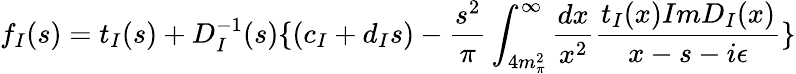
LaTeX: f_{I}(s)=t_{I}(s)+D_{I}^{-1}(s)\{ (c_{I}+d_{I}s)-\frac{s^{2}}{\pi}\int_{4m_{\pi}^{2}}^{\infty}\frac{dx}{x^{2}}\frac{t_{I}(x)ImD_{I}(x)}{x-s-i\epsilon}\}